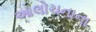
આલોચનાના